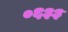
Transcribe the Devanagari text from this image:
०६३३